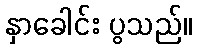
နှာခေါင်း ပွသည်။